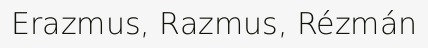
Erazmus, Razmus, Rézmán